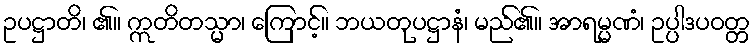
ဥပဋ္ဌာတိ၊ ၏။ ဣတိတသ္မာ၊ ကြောင့်။ ဘယတုပဋ္ဌာနံ၊ မည်၏။ အာရမ္မဏံ၊ ဥပ္ပါဒပဝတ္တ